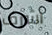
أشرف